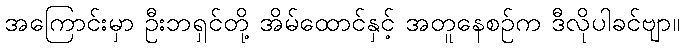
အကြောင်းမှာ ဦးဘရှင်တို့ အိမ်ထောင်နှင့် အတူနေစဉ်က ဒီလိုပါခင်ဗျာ။